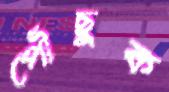
পৌঁছুক